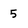
Character: 5